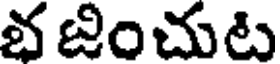
భ జించుట